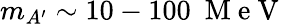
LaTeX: m_{A^{\prime}}\sim 10-100~\mathrm{~M~e~V~}